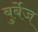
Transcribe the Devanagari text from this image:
बुर्बेज